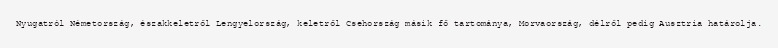
Nyugatról Németország, északkeletről Lengyelország, keletről Csehország másik fő tartománya, Morvaország, délről pedig Ausztria határolja.